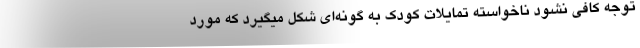
توجه کافی نشود ناخواسته تمایلات کودک به گونه‌ای شکل میگیرد که مورد